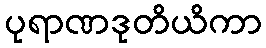
ပုရာဏဒုတိယိကာ